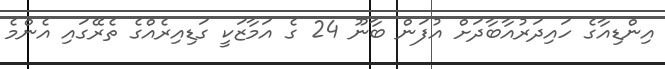
އިންޑިއާގެ ހައިދަރުއާބާދަށް އުފަން ބާނޫ 24 ގެ އަމާޒަކީ ގަޑިއިރެއްގެ ތެރޭގައި އެންމެ